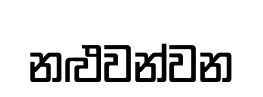
නළුවන්වන